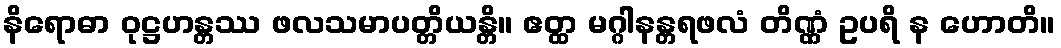
နိရောဓာ ဝုဋ္ဌဟန္တဿ ဖလသမာပတ္တိယန္တိ။ ဧတ္ထ မဂ္ဂါနန္တရဖလံ တိဏ္ဏံ ဥပရိ န ဟောတိ။